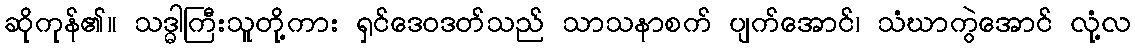
ဆိုကုန်၏။ သဒ္ဓါကြီးသူတို့ကား ရှင်ဒေဝဒတ်သည် သာသနာစက် ပျက်အောင်၊ သံဃာကွဲအောင် လုံ့လ